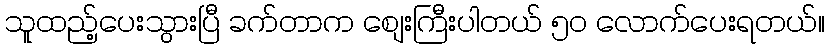
သူထည့်ပေးသွားပြီ ခက်တာက စျေးကြီးပါတယ် ၅၀ လောက်ပေးရတယ်။